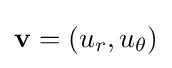
\mathbf {v} =(u_{r},u_{\theta })